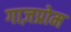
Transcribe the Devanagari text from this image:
गाज़प्रोम